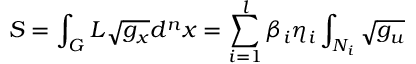
S = \int _ { G } L \sqrt { g _ { x } } d ^ { n } x = \sum _ { i = 1 } ^ { l } \beta _ { i } \eta _ { i } \int _ { N _ { i } } \sqrt { g _ { u } }